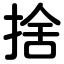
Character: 捨